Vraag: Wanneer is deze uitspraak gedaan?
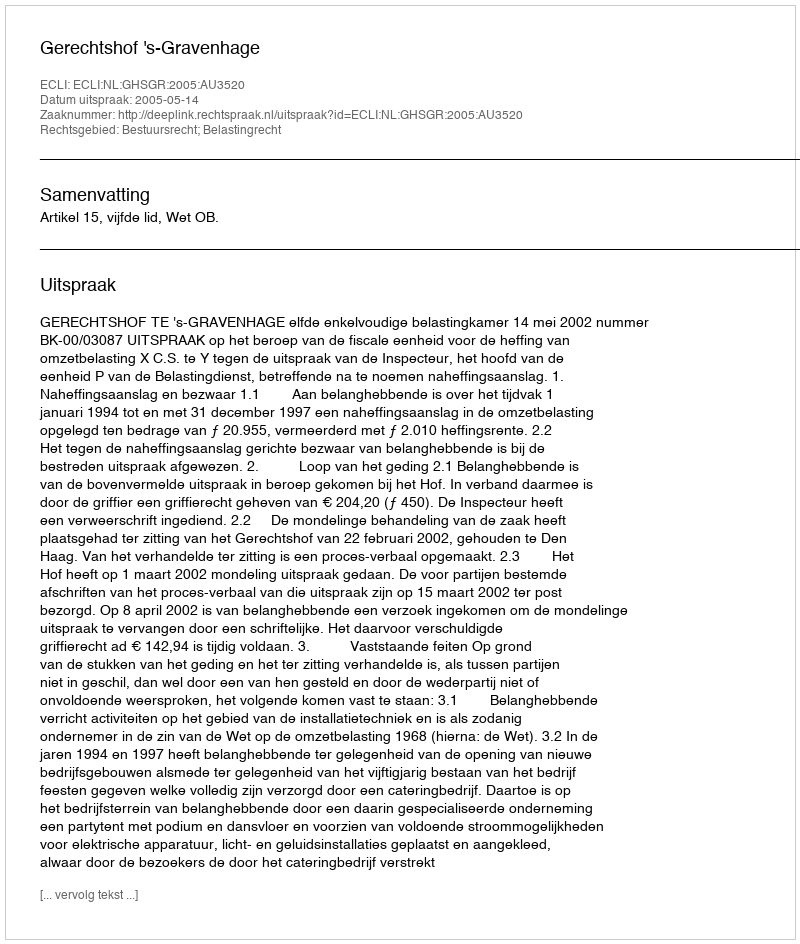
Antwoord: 2005-05-14